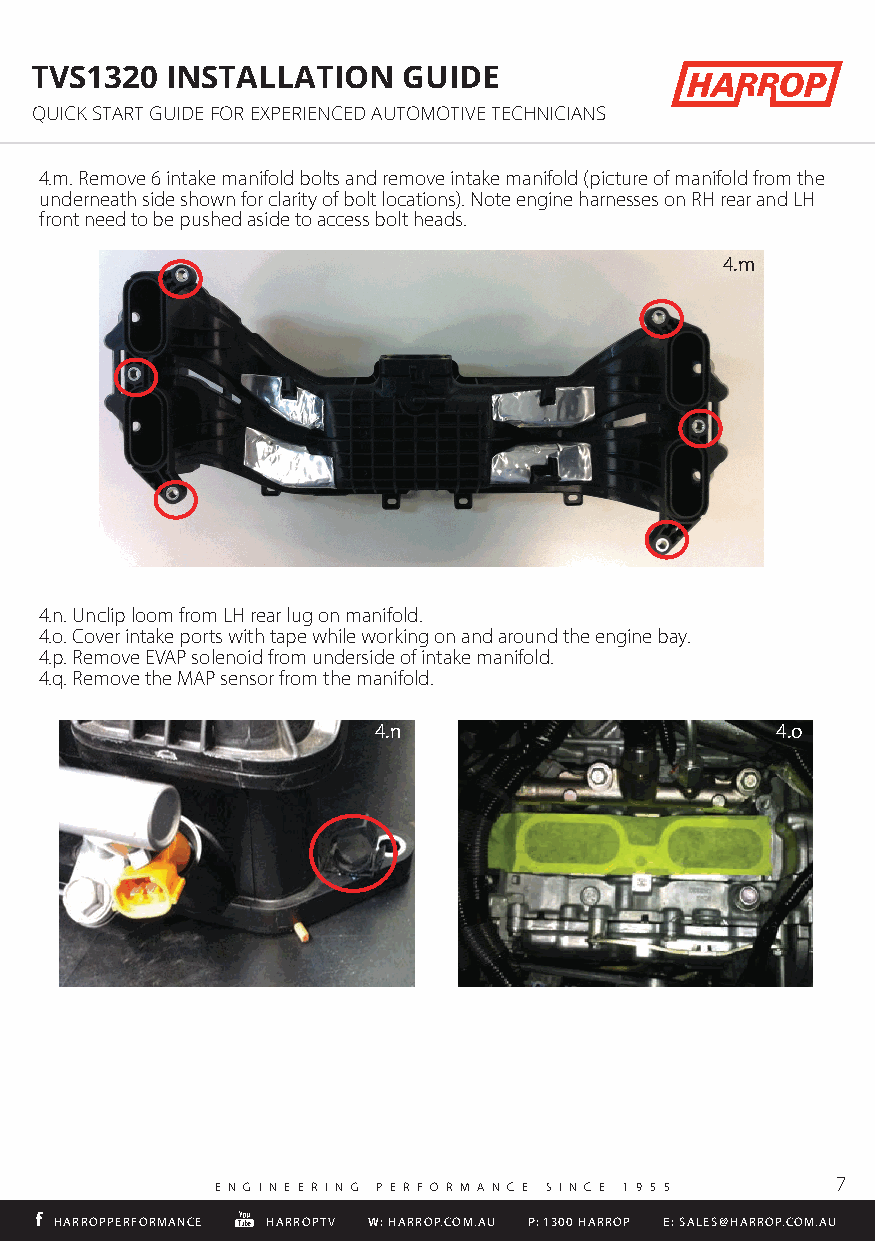
TVS1320  INSTALLATION    GUIDE
 QUICK START GUIDE FOR EXPERIENCED AUTOMOTIVE TECHNICIANS
 4.m. Remove 6 intake manifold bolts and remove intake manifold (picture of manifold from the
 underneath side shown for clarity of bolt locations). Note engine harnesses on RH rear and LH
 front need to be pushed aside to access bolt heads.
 4.m
 4.n. Unclip loom from LH rear lug on manifold.
 4.o. Cover intake ports with tape while working on and around the engine bay.
 4.p. Remove EVAP solenoid from underside of intake manifold.
 4.q. Remove the MAP sensor from the manifold.
 HARROPPERFORMANCE HARROPTV W: HARROP.COM.AU P: 1300 HARROP E: SALES@HARROP.COM.AU
 4.n                       4.o
 7
 E N G I N E E R I N G P E R F O R M A N C E S I N C E 1 9 5 5
 HHAARRRROOPPPPEERRFFOORRMMAANNCCEE HHAARRRROOPPTTVV WW:: HHAARRRROOPP..CCOOMM..AAUU PP:: 11330000 HHAARRRROOPP EE:: SSAALLEESS@@HHAARRRROOPP..CCOOMM..AAUU